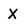
Character: X